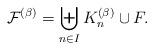
LaTeX: \begin{align*} \mathcal{F}^{(\beta)}= \biguplus_{n\in I} K_n^{(\beta)}\cup F.\end{align*}